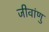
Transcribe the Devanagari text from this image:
जीवांणु